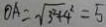
O A = \sqrt { 3 ^ { 2 } + 4 ^ { 2 } } = 5